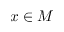
x \in M